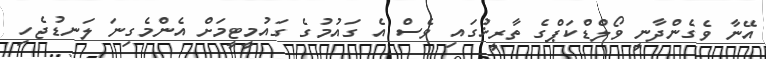
އޭނާ ވެގެންދާނީ ވޯލްޑްކަޕްގެ ތާރީޚުގައި ވެސް އެ ގައުމުގެ ގައުމީޓީމަށް އެންމެގިނަ ލަނޑުޖެހި